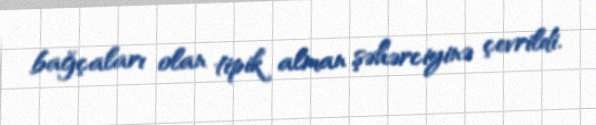
bağçaları olan tipik alman şəhərciyinə çevrildi.